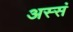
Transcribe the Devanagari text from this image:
अस्सं